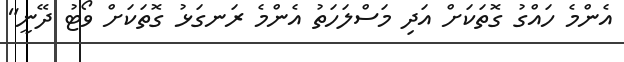
އެންމެ ހައްގު ގޮތަކަށް އަދި މަސްލަހަތު އެންމެ ރަނގަޅު ގޮތަކަށް ވޯޓު ދޭނީ"